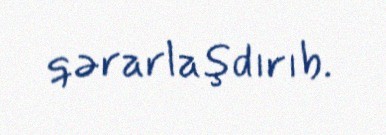
qərarlaşdırıb.